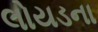
લોયડના